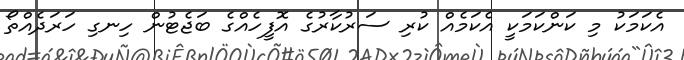
އެކަމަކު މި ކަންކަމަކީ އެކަމެއް ކުރި ސަރުކާރުގެ އޮފީހެއްގެ ބަޖެޓުން ހިނގި ހަރަދެއްތޯ